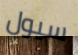
سيول